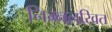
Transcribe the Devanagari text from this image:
निम्नलखित